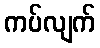
ကပ်လျက်